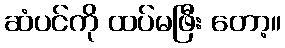
ဆံပင်ကို ထပ်မဖြီး တော့။